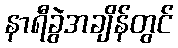
နာရီခွဲအချိန်တွင်